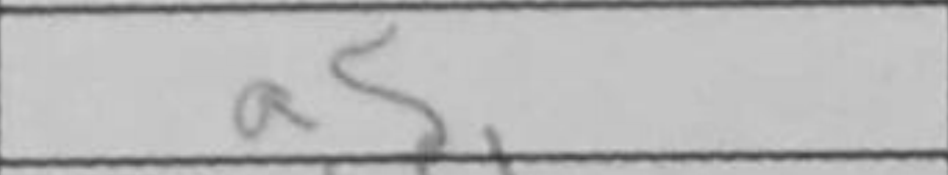
Transcription: a5